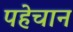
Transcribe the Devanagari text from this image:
पहेचान